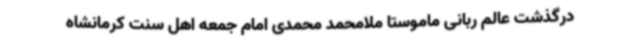
درگذشت عالم ربانی ماموستا ملامحمد محمدی امام جمعه اهل سنت کرمانشاه